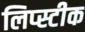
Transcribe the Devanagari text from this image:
लिप्स्टीक